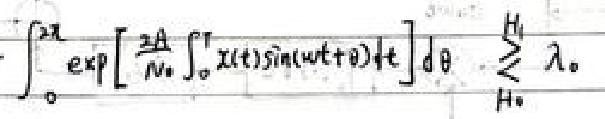
\(\int_{0}^{2\pi}\exp\left[\frac{2A}{N_{0}}\int_{0}^{T}x(t)\sin(\omega t+\theta)dt\right]d\theta\stackrel{H_{1}}{\underset{H_{0}}{\gtrless}}\lambda_{0}\)